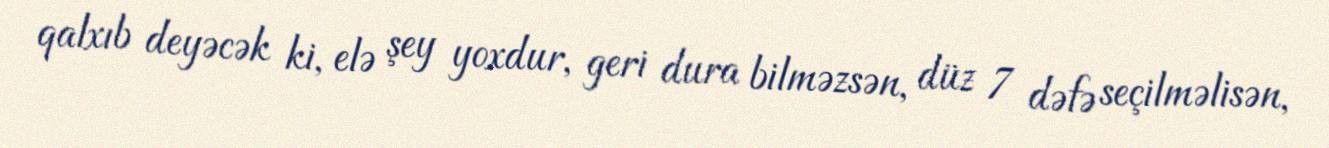
qalxıb deyəcək ki, elə şey yoxdur, geri dura bilməzsən, düz 7 dəfə seçilməlisən,